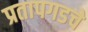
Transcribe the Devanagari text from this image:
प्रतापगडचे